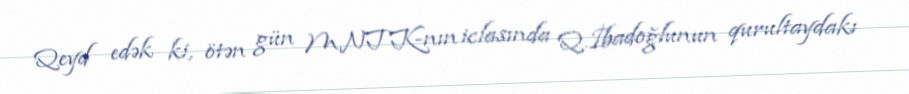
Qeyd edək ki, ötən gün MNTK-nın iclasında Q.İbadoğlunun qurultaydakı